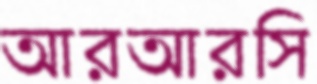
আরআরসি